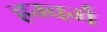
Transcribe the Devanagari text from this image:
हम्बर्ग